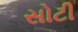
સોટી